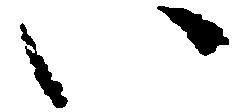
い